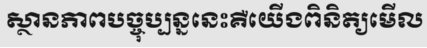
ស្ថានភាពបច្ចុប្បន្ននេះគឺយើងពិនិត្យមើល